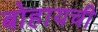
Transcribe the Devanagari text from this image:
बोहायची